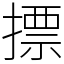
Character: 摽